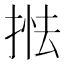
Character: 𢯖